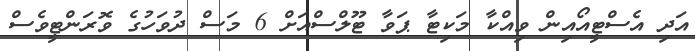
އަދި އެސްޓީއޯއިން ވިއްކާ މަކިޓާ ޕަވާ ޓޫލްސްއަށް 6 މަސް ދުވަހުގެ ވޮރަންޓީވެސް